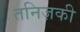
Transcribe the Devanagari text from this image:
तनिज़की